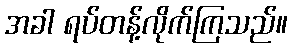
အခါ ရပ်တန့်လိုက်ကြသည်။